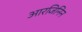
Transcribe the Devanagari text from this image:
आरजिनिन